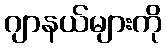
ဂျာနယ်များကို